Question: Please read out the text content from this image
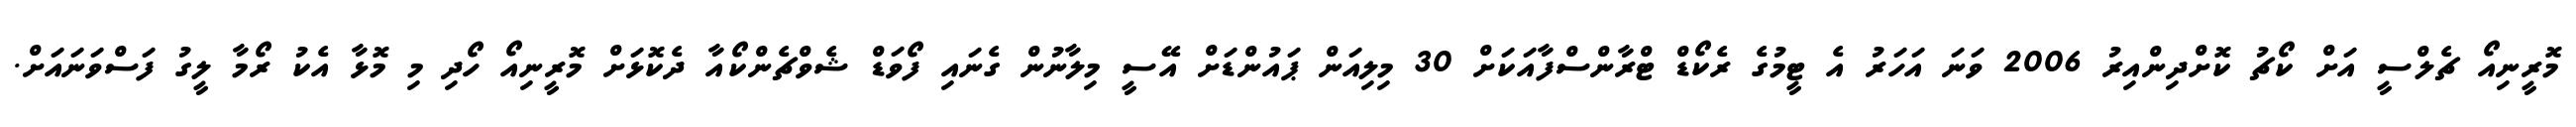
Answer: މޮރީނިއޯ ޗެލްސީ އަށް ކޯޗު ކޮށްދިންއިރު 2006 ވަނަ އަހަރު އެ ޓީމުގެ ރެކޯޑް ޓްރާންސްފާއަކަށް 30 މިލިއަން ޕައުންޑަށް އޭސީ މިލާނުން ގެނައި ފޯވަޑް ޝެވްޗެންކޯއާ ދެކޮޅަށް މޮރީނިއޯ ހޯދި މި މޮޅާ އެކު ރޯމާ ލީގު ފަސްވަނައަށް.